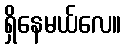
ရှိနေမယ်လေ။